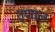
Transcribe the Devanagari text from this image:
तृणाल